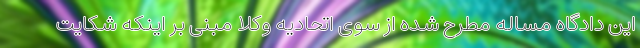
این دادگاه مساله مطرح شده از سوی اتحادیه وکلا مبنی بر اینکه شکایت